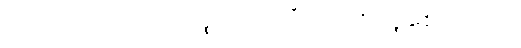
ဥဂ္ဂဏှာပေယျ ဝါ၊ သူတပါးကိုလည်း ယူစေငြားအံ့။